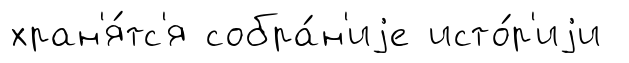
хран'я́тс'я собра́н'иjе исто́р'иjи